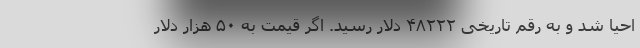
احیا شد و به رقم تاریخی ۴۸۲۲۲ دلار رسید. اگر قیمت به ۵۰ هزار دلار